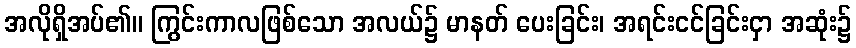
အလိုရှိအပ်၏။ ကြွင်းကာလဖြစ်သော အလယ်၌ မာနတ် ပေးခြင်း၊ အရင်းငင်ခြင်းငှာ အဆုံး၌